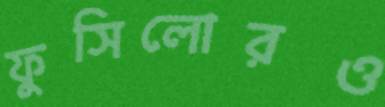
ফুসিলোরও